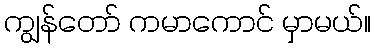
ကျွန်တော် ကမာကောင် မှာမယ်။